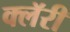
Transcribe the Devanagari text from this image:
क्लॅरी